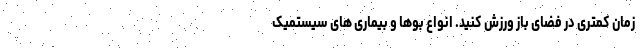
زمان کمتری در فضای باز ورزش کنید. انواع بوها و بیماری های سیستمیک